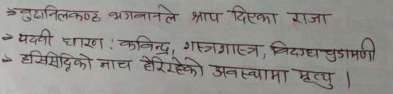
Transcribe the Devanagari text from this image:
बुदानिलकण्ठ भगवानले श्राप दिएका राजा
पदवी धारणः कविनिन्द्र, गस्त्रशास्त्र, विदग्ध चुडामणी
हसिसिद्धिको नाच हेरिरहेको अवस्थामा मृत्यु।